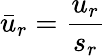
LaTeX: \bar{u}_{r}=\frac{u_{r}}{s_{r}}